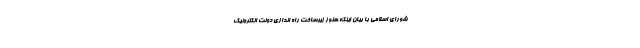
شورای اسلامی با بیان اینکه هنوز زیرساخت راه اندازی دولت الکترونیک